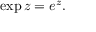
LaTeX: \exp z = e ^ { z } .